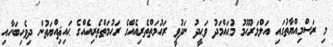
މި ރަސްމިއްޔާތުގައި އަލްމަރުޙޫމު މުޙައްމަދު ވަޙީދު ނަދުވީ ރަޙުމަތްތެރިއެއްގެ ރަޙުމަތްތެރިއެއްގެ ޙައިޘިއްޔަތުން ދިވެހިބަހާއި